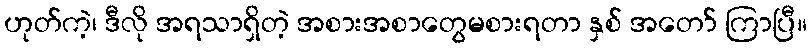
ဟုတ်ကဲ့၊ ဒီလို အရသာရှိတဲ့ အစားအစာတွေမစားရတာ နှစ် အတော် ကြာပြီ။